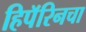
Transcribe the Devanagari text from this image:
हिपॅरिनचा